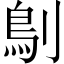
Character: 𠞸